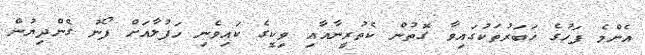
އެންމެ ފަހުގެ ޚަބަރުތަކުގައިވާ ގޮތުން ކެތުރީނާއާއި ވިކީގެ ކައިވެނި ހަފުލާއަށް ފޯނު ގެންދިޔުން